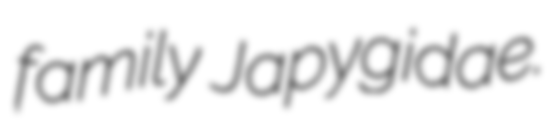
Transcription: family Japygidae.